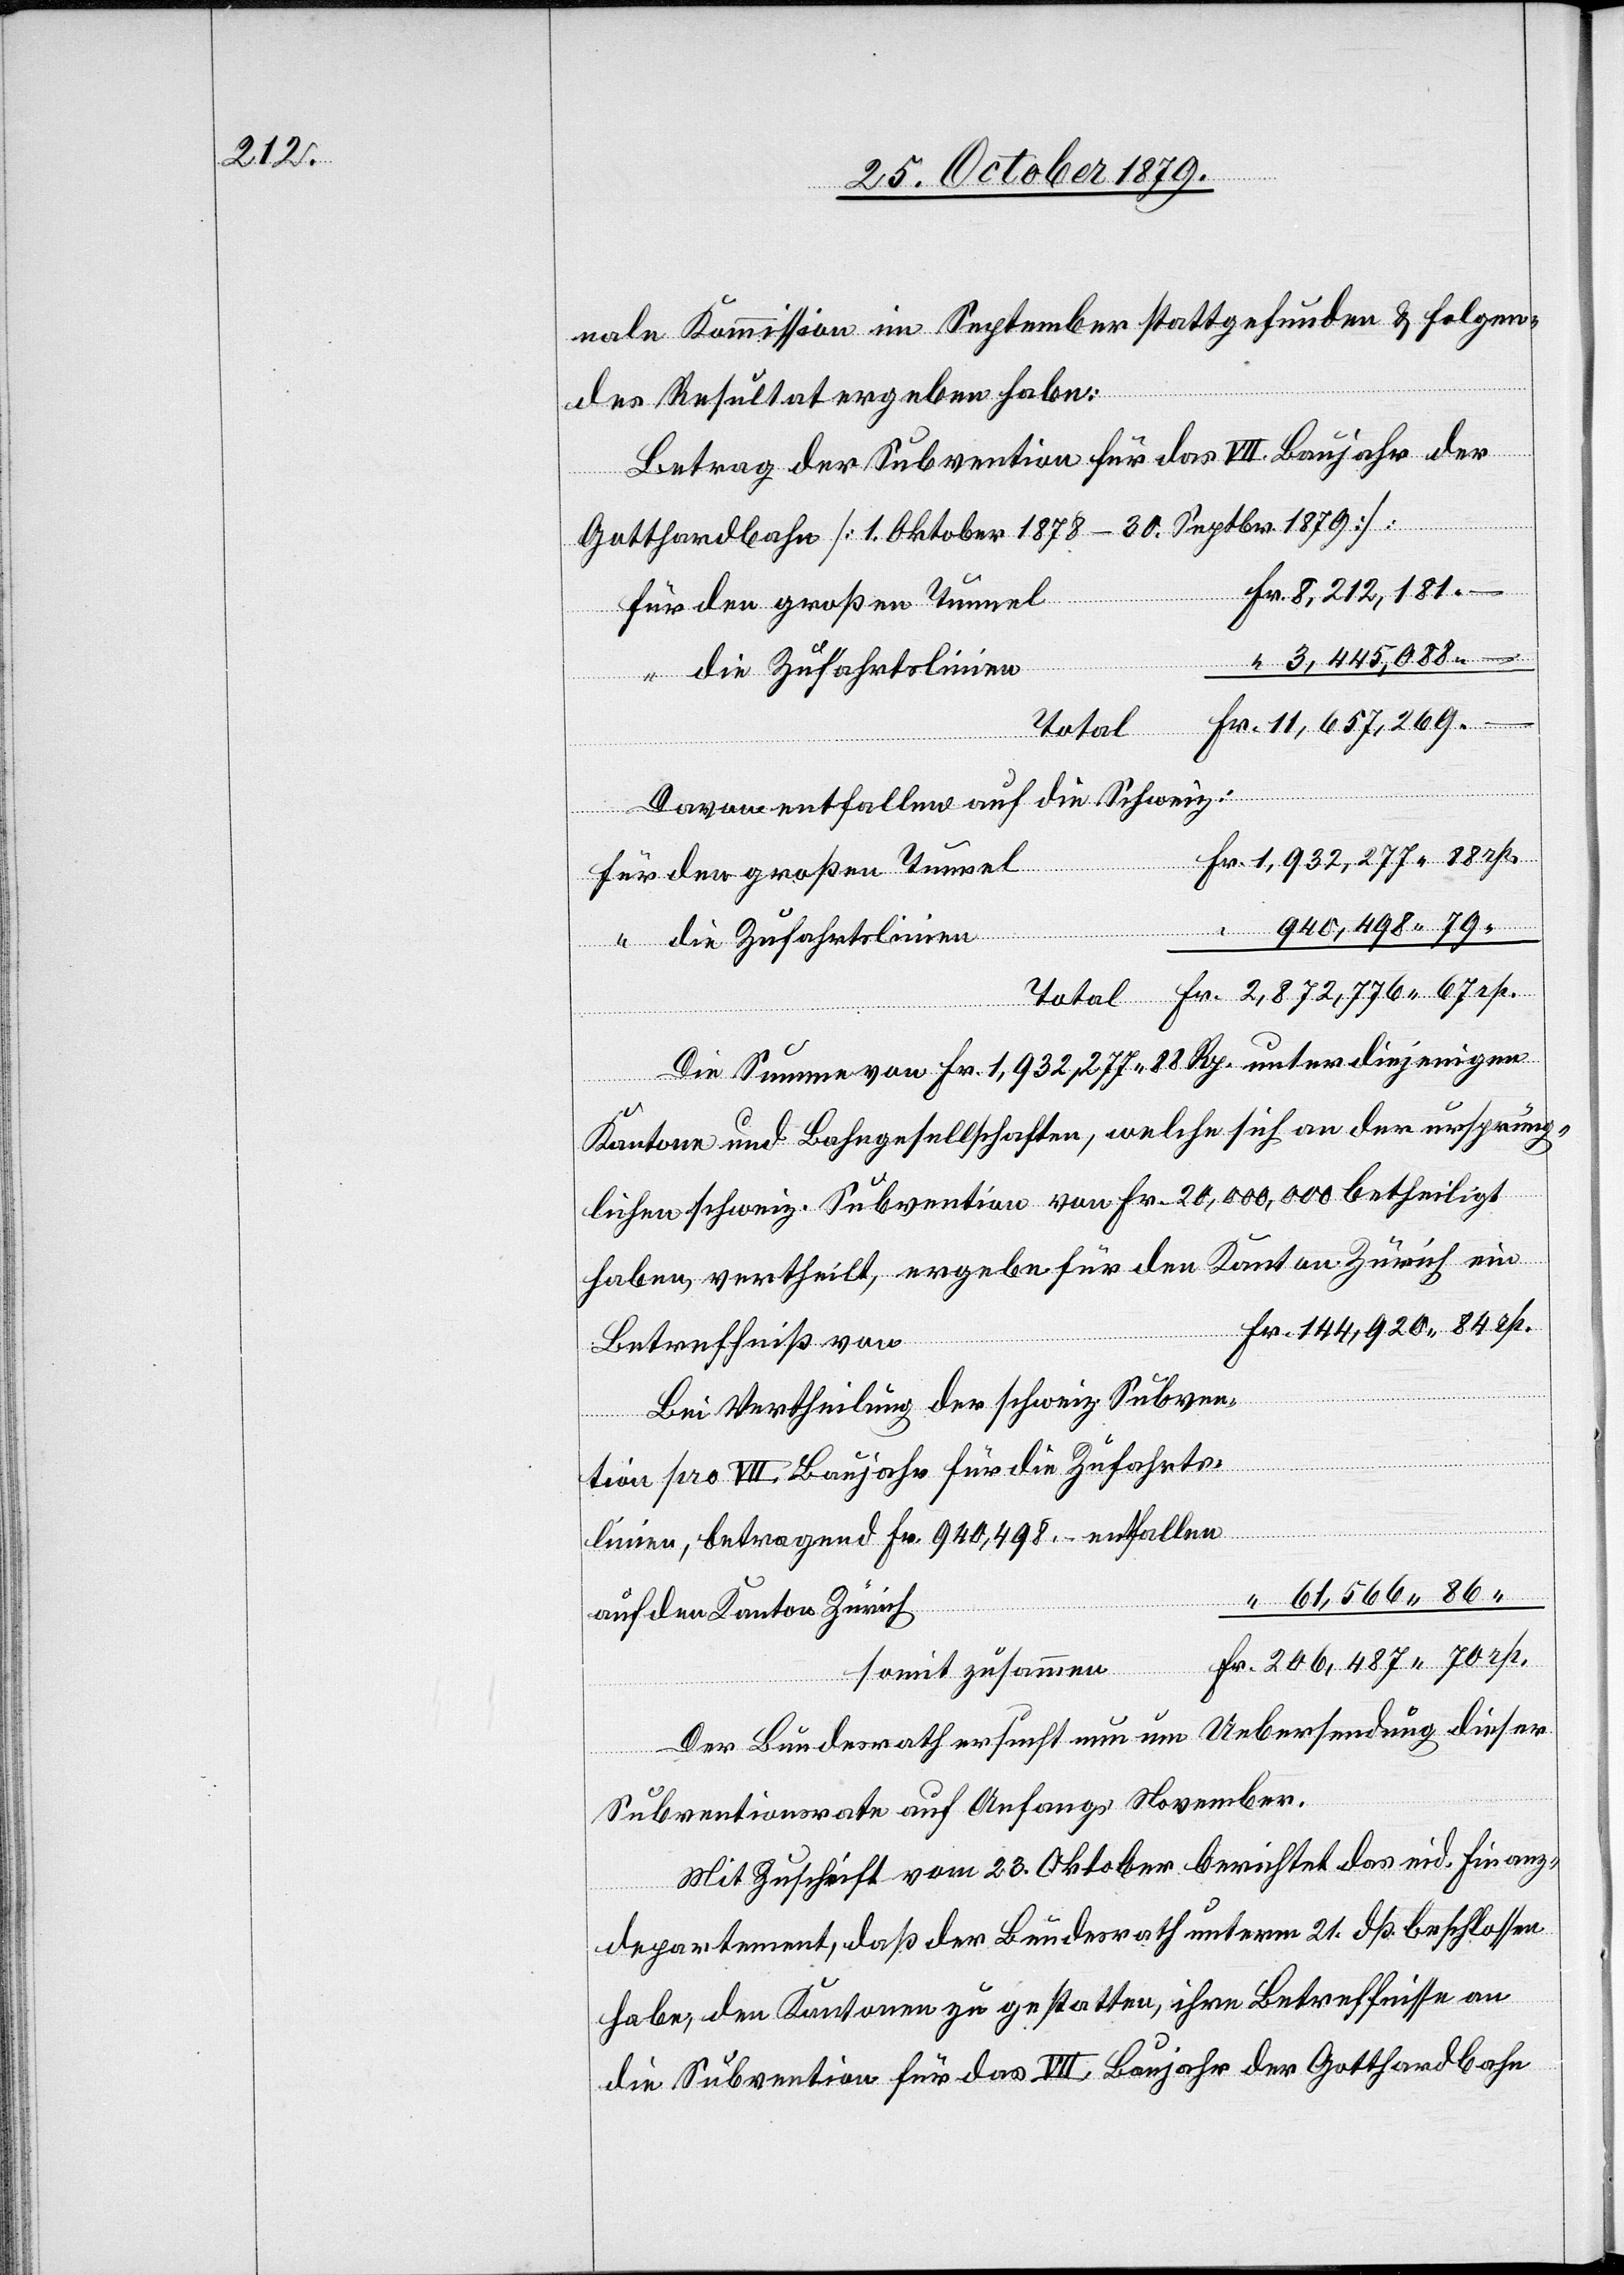
ein
nale Kommission im September stattgefunden & folgen¬
des Resultat ergeben habe:
Betrag der Subvention für das VII. Baujahr der
Gotthardbahn [1. Oktober 1878–20. Septbr. 1879]:
Fr. 8,212,181.–
Für den großen Tunnel
“ 3,445,088.–
“ die Zufahrtslinien
Fr. 11,657,269.–
Total
Darauf entfallen auf die Schweiz:
Fr. 1,932,277 88 rp.
“ 940,498 79
Die Summe von Fr. 1,932,277 88 Rp. unter diejenigen
Kantone und Bahngesellschaften, welche sich an der ursprüng¬
lichen schweiz. Subvention von Fr. 20,000,000 betheiligt
Fr. 144,920 84 rp.
Betreffniß von
Bei Vertheilung der schweiz. Subven¬
tion pro VII. Baujahr für die Zufahrts¬
linien, betragend Fr. 940,498.– entfallen
“ 61,566 86 “
auf den Kanton Zürich
Fr. 206,487 70 rp.
ver¬
somit zusammen
Der Bundesrath ersucht nun um Uebersendung dieser
“
Subventionsrate auf Anfangs November.
Mit Zuschrift vom 23. Oktober berichtet das eid. Finanz¬
departement, daß der Bundesrath unterm 21. dß beschlossen
habe, den Kantonen zu gestatten, ihre Betreffnisse an
die Subvention für das VII. Baujahr der Gotthardbahn